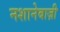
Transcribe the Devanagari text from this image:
नशानेबाज़ी